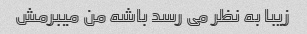
زیبا به نظر می رسد باشه من میبرمش